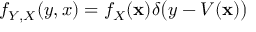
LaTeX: f _ { Y , X } ( y , x ) = f _ { X } ( \mathbf { x } ) \delta { \big ( } y - V ( \mathbf { x } ) { \big ) }